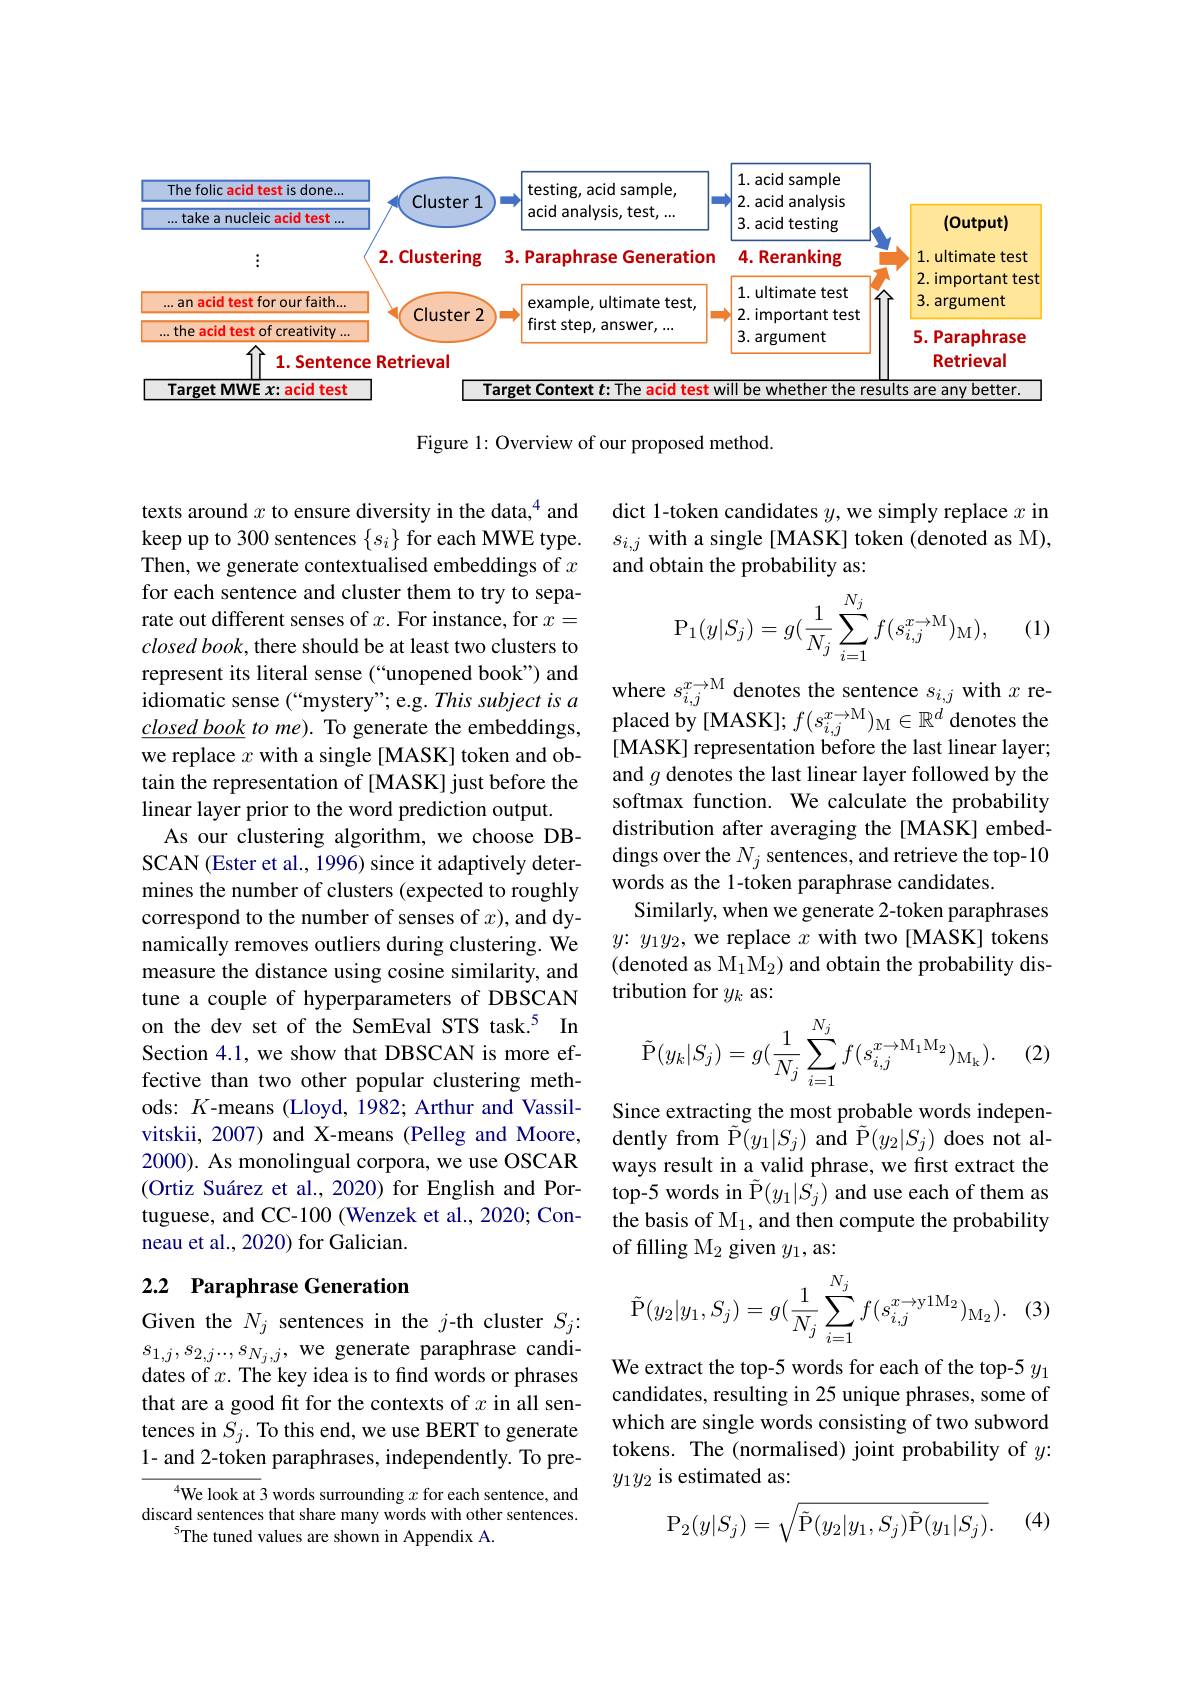
<FigureHere>

Figure 1: Overview of our proposed method.

dict 1-token candidates $y$, we simply replace $x$ in $s_{i,j}$ with a single[MASK] token (denoted as M), and obtain the probability as:
$$\mathrm P_1(y|S_j)=g(\dfrac{1}{N_j}\sum_{i=1}^{N_j}f(s_{i,j}^{x\to\mathrm M})_{\mathrm M}),$$
(1)

where $s_{i,j}^{x\to\mathrm{M}}$ denotes the sentence $s_i,j$ with $x$ replaced by[MASK]; $f(s_i,j^{x\to M})_{\mathrm{M}}\in\mathbb{R}^{d}$ denotes the [MASK] representation before the last linear layer; and $g$ denotes the last linear layer followed by the softmax function. We calculate the probability distribution after averaging the[MASK] embeddings over the $N_j$ sentences, and retrieve the top-10 words as the 1-token paraphrase candidates.
Similarly, when we generate 2-token paraphrases $y{:}y_1y_2$, we replace $x$ with two[MASK] tokens (denoted as M$_1\mathrm{M}_2)$ and obtain the probability distribution for $y_k$ as:

texts around $x$ to ensure diversity in the data,$^{4}$ and keep up to 300 sentences $\{s_i\}$ for each MWE type. Then, we generate contextualised embeddings of $x$ for each sentence and cluster them to try to separate out different senses of $x.$ For instance, for $x=$ $closed\textit{book, there should be at least two clusters to}$ represent its literal sense (“unopened book”) and idiomatic sense (“mystery”; e.g. This subject is a $\underline{closedbook}$ to me). To generate the embeddings, we replace $x$ with a single[MASK] token and obtain the representation of [MASK] just before the linear layer prior to the word prediction output.
As our clustering algorithm, we choose DBSCAN (Ester et al., 1996) since it adaptively determines the number of clusters (expected to roughly correspond to the number of senses of $x)$, and dynamically removes outliers during clustering. We measure the distance using cosine similarity, and tune a couple of hyperparameters of DBSCAN on the dev set of the SemEval STS task.$^{5}$ In Section 4.1, we show that DBSCAN is more effective than two other popular clustering methods: $K$-means (Lloyd, 1982; Arthur and Vassilvitskii, 2007) and X-means (Pelleg and Moore, 2000). As monolingual corpora, we use OSCAR (Ortiz Suárez et al., 2020) for English and Portuguese, and CC-100 (Wenzek et al., 2020; Conneau et al., 2020) for Galician.
$$\tilde{\mathrm{P}}(y_k|S_j)=g(\frac{1}{N_j}\sum_{i=1}^{N_j}f(s_{i,j}^{x\to\mathrm{M_1M_2}})_{\mathrm{M_k}}).$$
(2)

Since extracting the most probable words independently from $\tilde{\mathrm{P}}(y_{1}|S_{j})$ and $\tilde{\mathrm{P}}(y_{2}|S_{j})$ does not always result in a valid phrase, we first extract the top-5 words in $\tilde{\mathrm{P}}(y_{1}|\tilde{S_{j}})$ and use each of them as the basis of M$_1$, and then compute the probability of filling $\mathrm{M}_2$ given $y_1$,as:

## 2.2 Paraphrase Generation
$$\tilde{\mathrm{P}}(y_2|y_1,S_j)=g(\frac{1}{N_j}\sum_{i=1}^{N_j}f(s_{i,j}^{x\to\mathrm{y}1\mathrm{M}_2})_{\mathrm{M}_2}).$$
(3)

Given the $N_j$ sentences in the $j$-th cluster $S_j{:}$ $s_{1,j},s_{2,j}...,s_{N_j,j}$,we generate paraphrase candidates of $x.$ The key idea is to find words or phrases that are a good fit for the contexts of $x$ in all sentences in $S_j.$ To this end, we use BERT to generate 1- and 2-token paraphrases, independently. To pre-

We extract the top-5 words for each of the top-5 $y_1$ candidates, resulting in 25 unique phrases, some of which are single words consisting of two subword tokens. The (normalised) joint probability of $y:$ $y_1y_2$ is estimated as:

$^{4}$We look at 3 words surrounding $x$ for each sentence, and discard sentences that share many words with other sentences.
$^{5}$The tuned values are shown in Appendix A.
$$\mathrm{P}_2(y|S_j)=\sqrt{\tilde{\mathrm{P}}(y_2|y_1,S_j)\tilde{\mathrm{P}}(y_1|S_j)}.$$
(4)